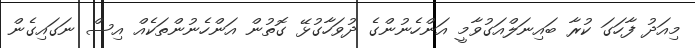
މިއަދު ފާހަގަ ކުރާ ބައިނަލްއަގުވާމީ އަންހެނުންގެ ދުވަހާގުޅޭ ގޮތުން އަންހެނުންތަކެއް އިސް ނަގައިގެން